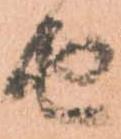
由